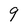
Character: 9